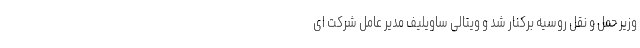
وزیر حمل و نقل روسیه برکنار شد و ویتالی ساویلیف مدیر عامل شرکت ای